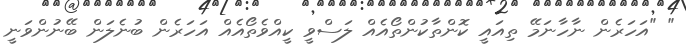
" "އަހަރެން ނާހާނަމޭ ތިއައީ ކޮންތާކުންތޯއެއް ލަސްވީ ކީއްވެތޯއެއް އަހަރެން ބުނެލަން ބޭނުންވަނީ